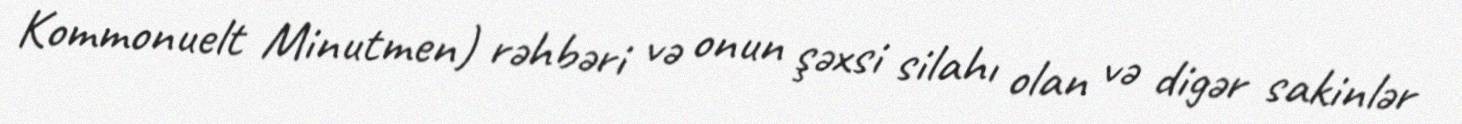
Kommonuelt Minutmen) rəhbəri və onun şəxsi silahı olan və digər sakinlər